Vaccination in the Punjab 1883-1896 - 1883-1896
Year: 1883
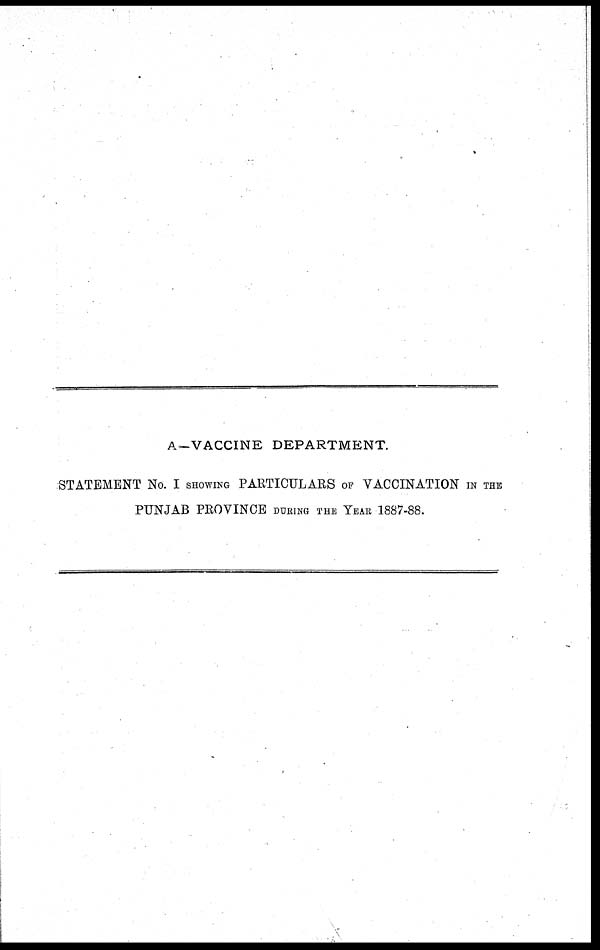
A—VACCINE DEPARTMENT.
STATEMENT No. I SHOWING PARTICULARS OF VACCINATION IN THE
PUNJAB PROVINCE DURING THE YEAR 1887-88.